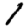
Digit: 1